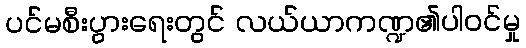
ပင်မစီးပွားရေးတွင် လယ်ယာကဏ္ဍ၏ပါဝင်မှု